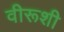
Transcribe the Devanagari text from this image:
वीरूशी